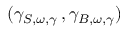
( \gamma _ { S , \omega , \gamma } \, , \gamma _ { B , \omega , \gamma } )